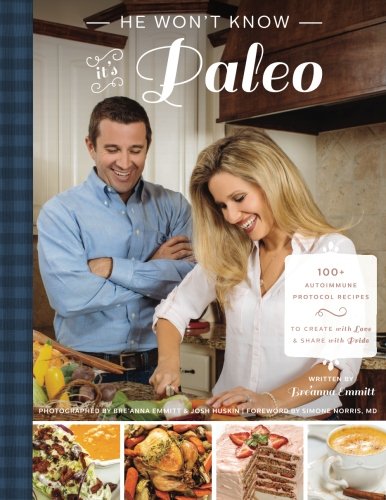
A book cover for He Won't Know It's Paleo: 100+ Autoimmune Protocol recipes to create with love and share with pride; Breanna D Emmitt; Cookbooks, Food & Wine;